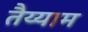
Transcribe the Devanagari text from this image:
तैय्याम